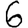
Digit: 6